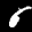
Label: 6